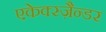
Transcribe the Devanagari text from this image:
एकेक्स्ज़ैन्डर